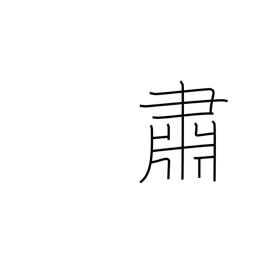
Meaning: solemnly